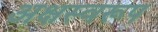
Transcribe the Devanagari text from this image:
अक्षस्वरूप